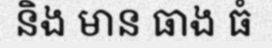
និង មាន ធាង ធំ